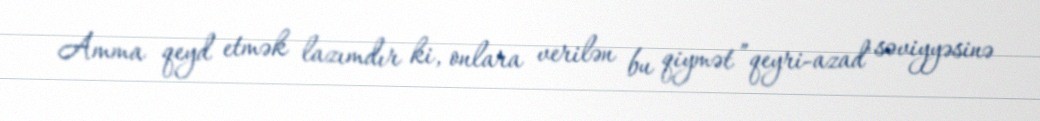
Amma qeyd etmək lazımdır ki, onlara verilən bu qiymət ”qeyri-azad" səviyyəsinə